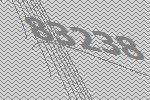
83238